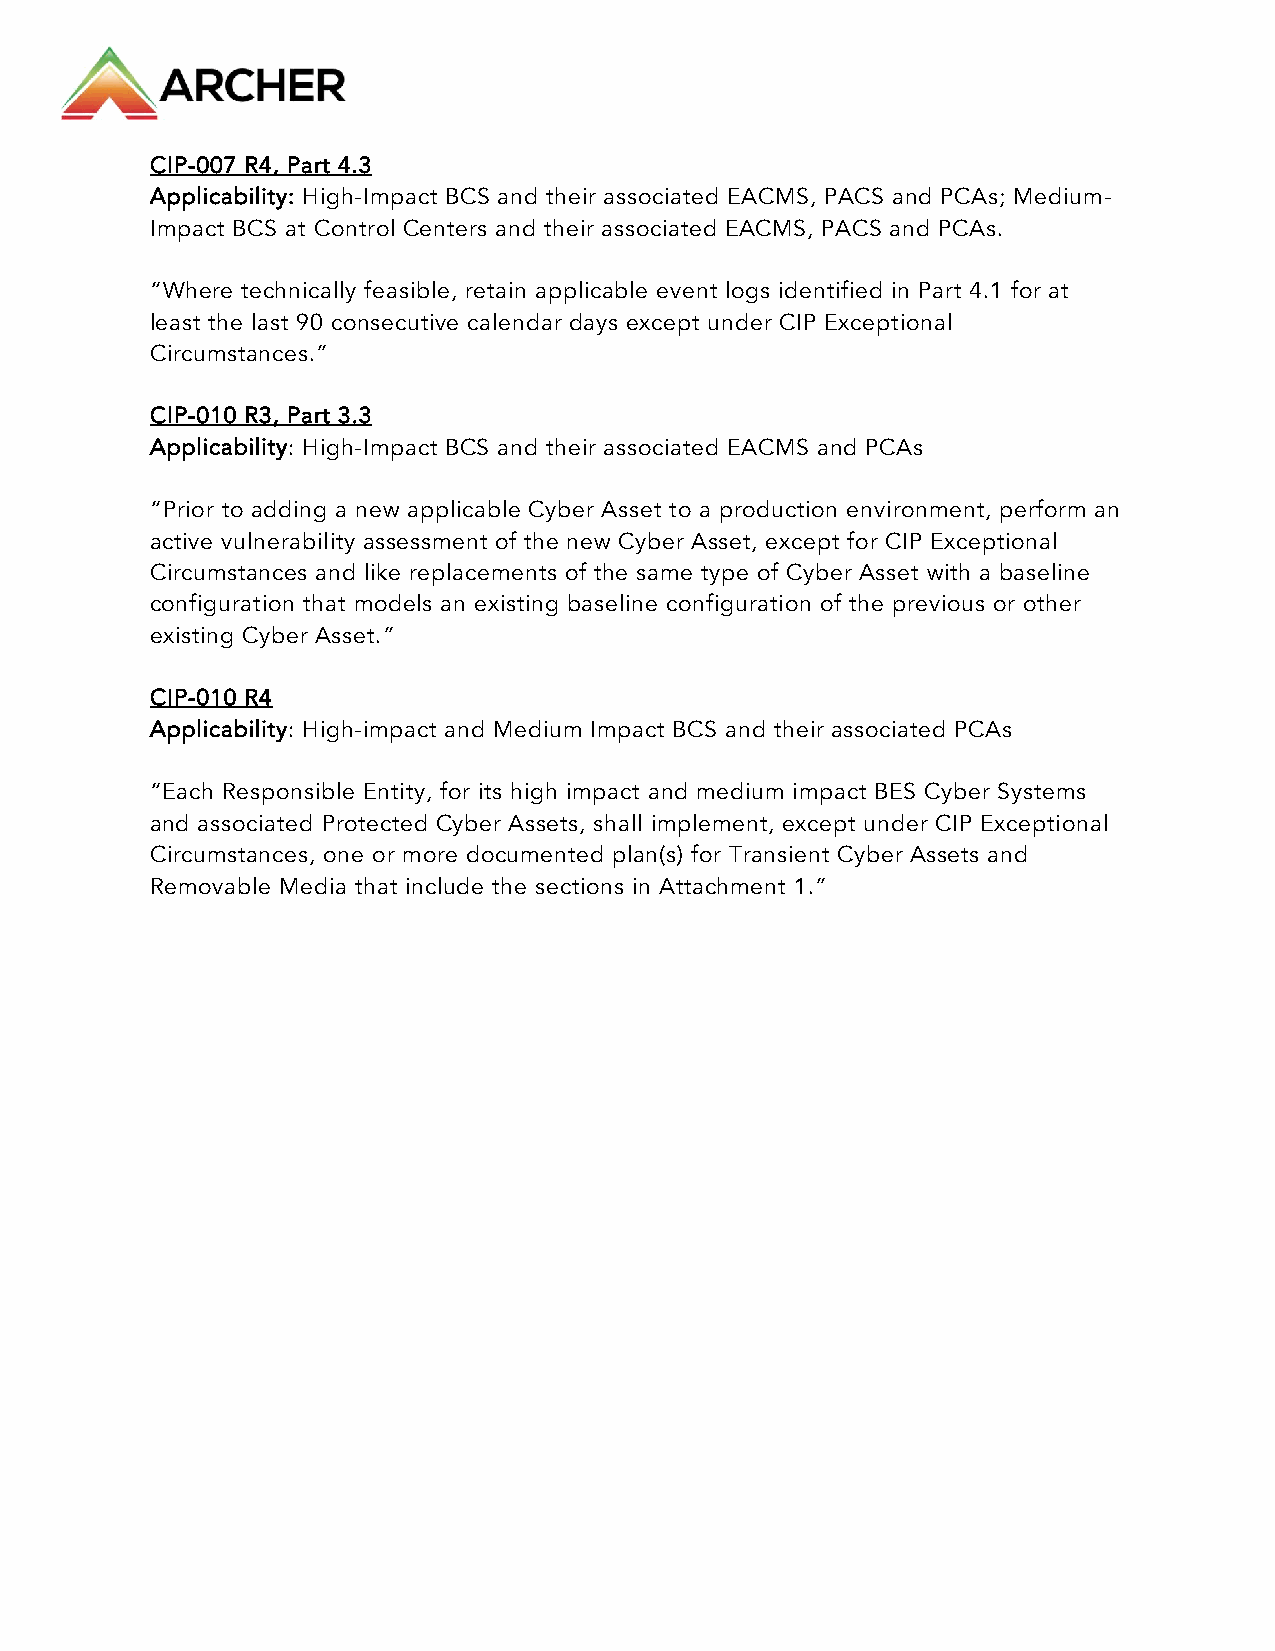
CIP-007 R4, Part 4.3
 Applicability: High-Impact BCS and their associated EACMS, PACS and PCAs; Medium-
 Impact BCS at Control Centers and their associated EACMS, PACS and PCAs.
 “Where technically feasible, retain applicable event logs identified in Part 4.1 for at
 least the last 90 consecutive calendar days except under CIP Exceptional
 Circumstances.”
 CIP-010 R3, Part 3.3
 Applicability: High-Impact BCS and their associated EACMS and PCAs
 “Prior to adding a new applicable Cyber Asset to a production environment, perform an
 active vulnerability assessment of the new Cyber Asset, except for CIP Exceptional
 Circumstances and like replacements of the same type of Cyber Asset with a baseline
 configuration that models an existing baseline configuration of the previous or other
 existing Cyber Asset.”
 CIP-010 R4
 Applicability: High-impact and Medium Impact BCS and their associated PCAs
 “Each Responsible Entity, for its high impact and medium impact BES Cyber Systems
 and associated Protected Cyber Assets, shall implement, except under CIP Exceptional
 Circumstances, one or more documented plan(s) for Transient Cyber Assets and
 Removable Media that include the sections in Attachment 1.”